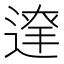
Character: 𨔬